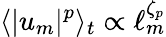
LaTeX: \langle|u_{m}|^{p}\rangle_{t}\propto\ell_{m}^{\zeta_{p}}